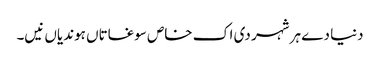
دنیا دے ہر شہر دی اک خاص سوغاتاں ہوندیاں نیں۔